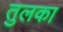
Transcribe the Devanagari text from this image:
तुलका